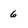
Character: 6